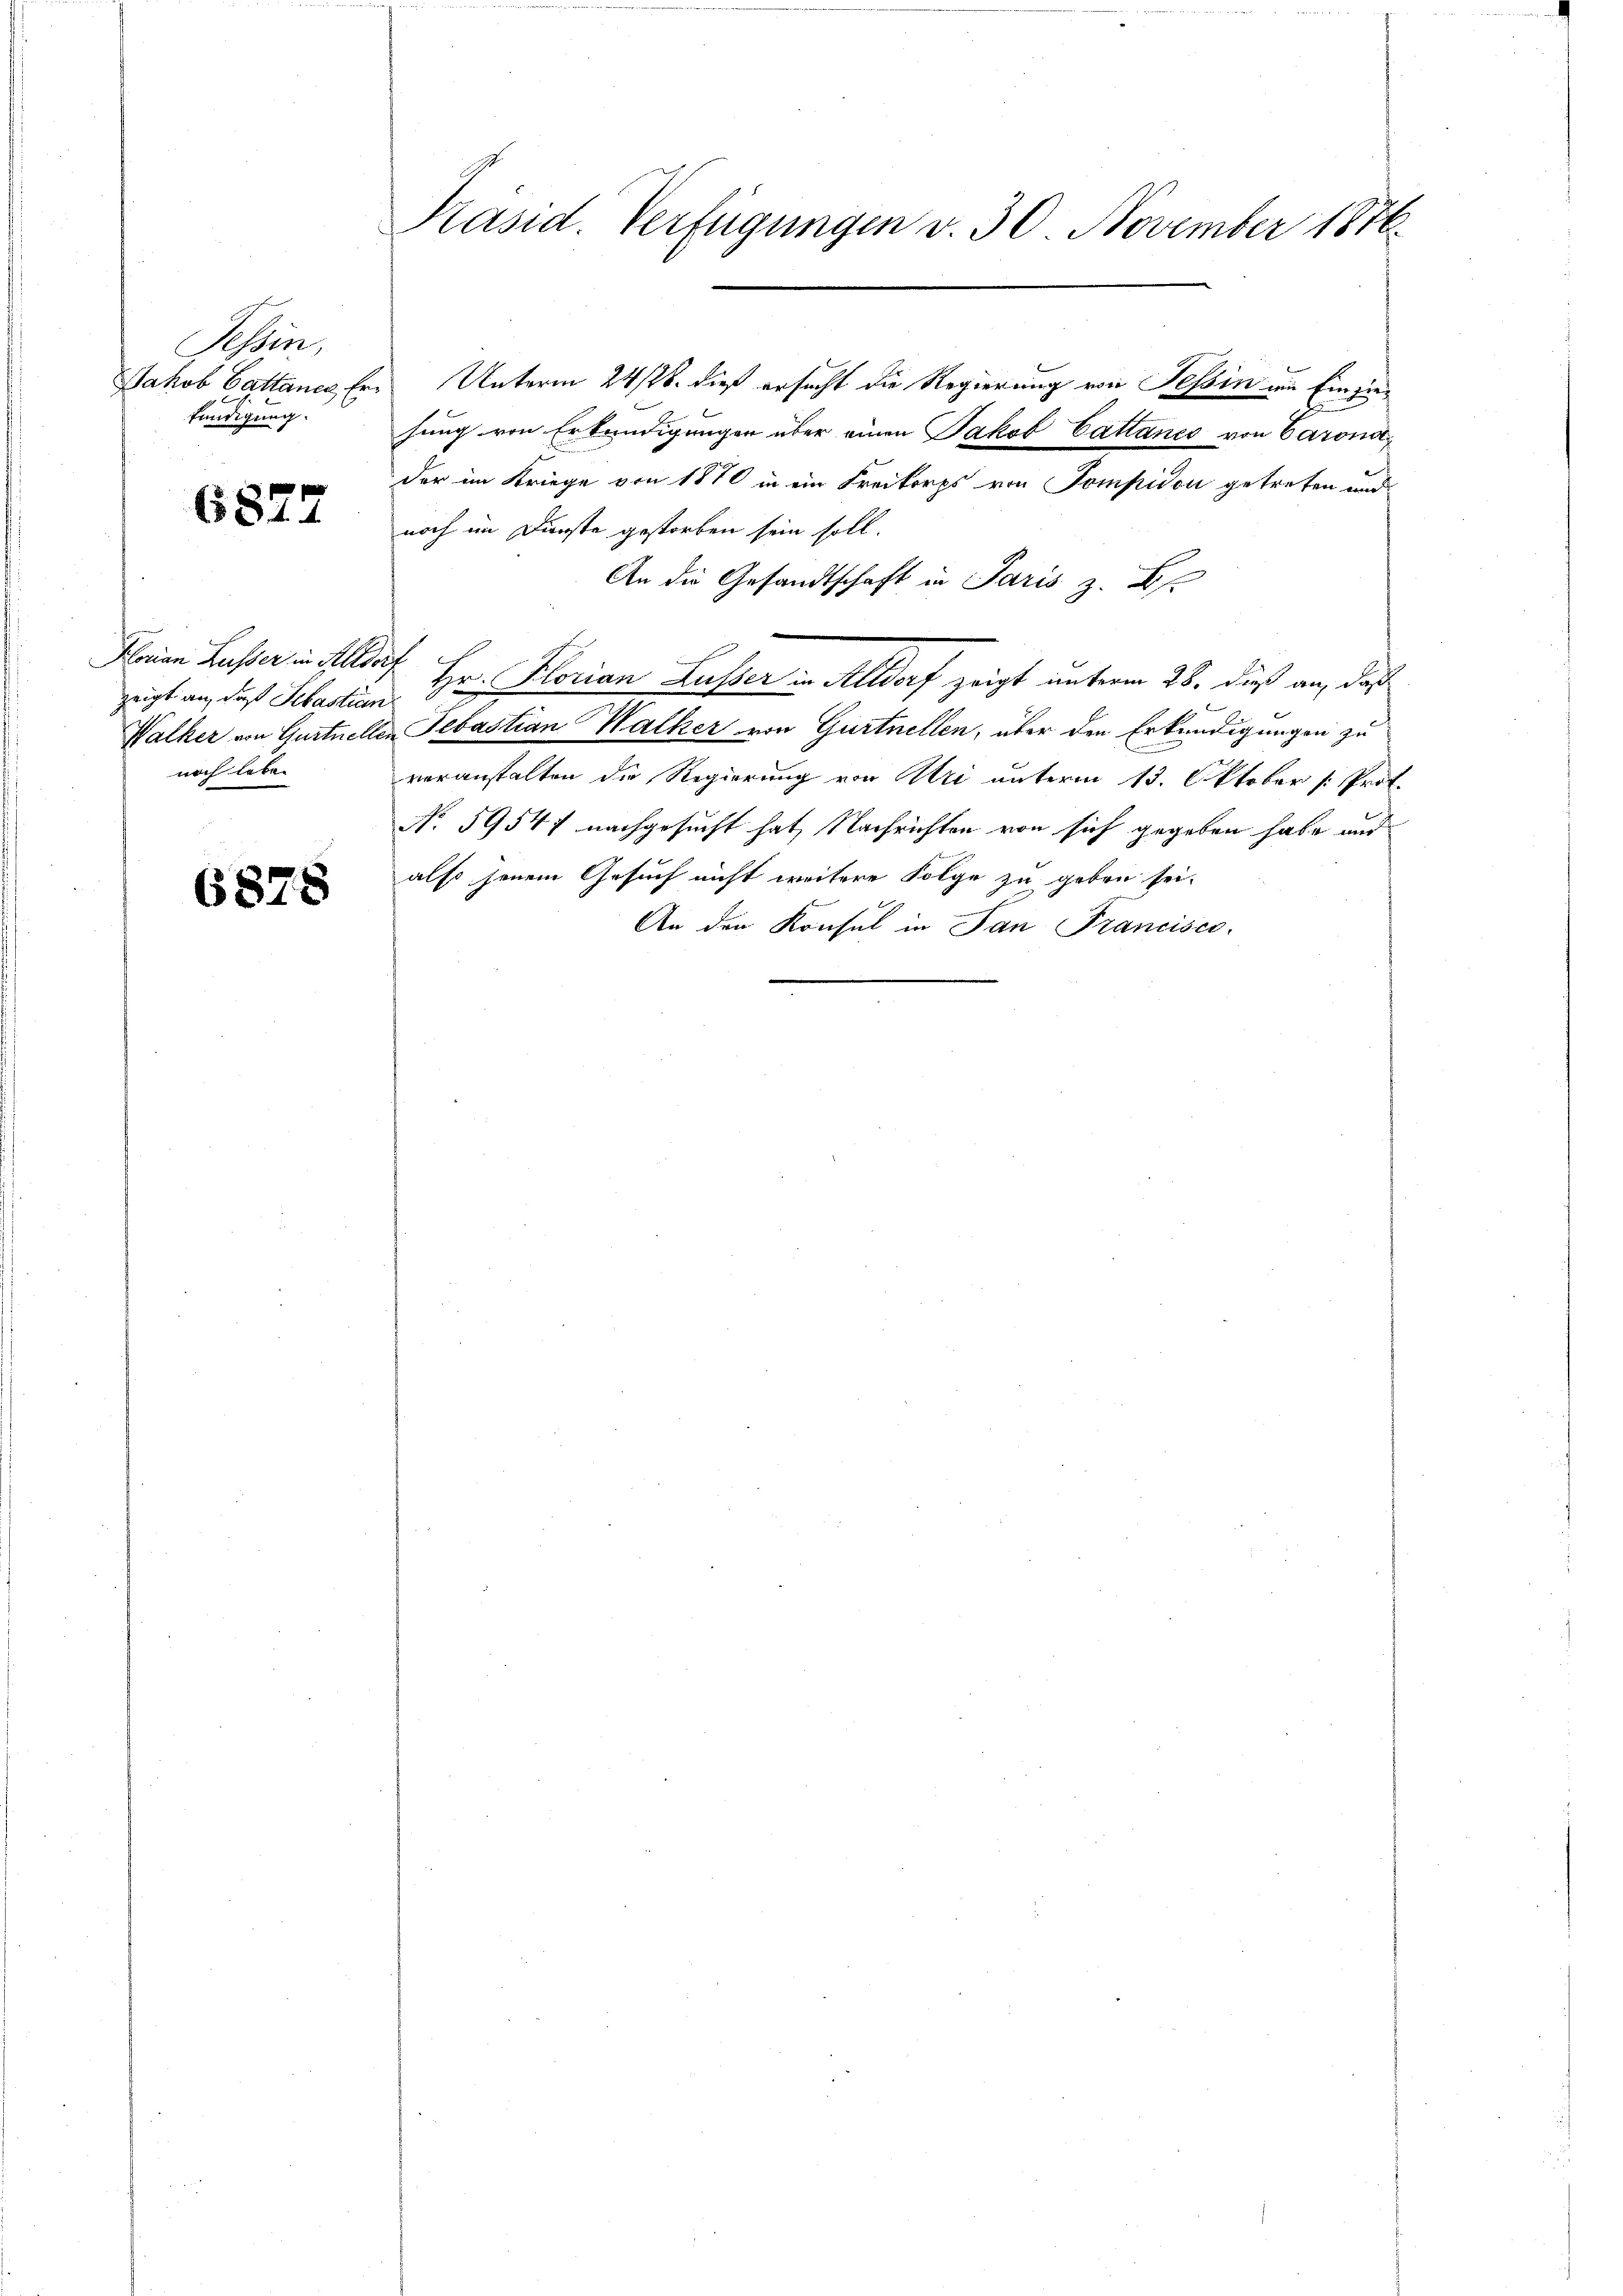
Tessin,
Jakob Battanen Erfündigung.

6877

Florian Busser in Altdorf
noch leben

6878

Präsid. Verfügungen v. 30. November 1876.

der im Kriege von 1870 in ein Freikorps von Pompidon getreten und
noch im Dunste gestorben sein soll.
An die Gesandtschaft in Paris z. B.
zeigt an, daß Sebastian Hr. Florian Lusser in Altdorf zeigt unterm 28. dieß an, daß
e
Walker von Gurtnellen Sebastian Walker von Gurtnellen, über den Erkundigungen zu
veranstalten die Regierung von Uri unterm 13. Oktober (: Prof.
No. 59547 nachgesucht hat, Nachrichten von sich gegeben habe und
also jenem Gesuch nicht weitere Folge zu geben sei.
An den Konsul in Pan Francisco

Unterm 24/26. dieß ersucht die Regierung von Tessin im Einziehung von Erkundigungen über einen Jakob Cattanes von Barona¬